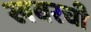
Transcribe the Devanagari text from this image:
खबरची